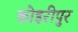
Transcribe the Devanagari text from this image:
कोइरीपुर